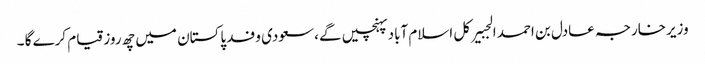
وزیرخارجہ عادل بن احمد الجبیرکل اسلام آباد پہنچیں گے ،سعودی وفد پاکستان میں چھ روز قیام کرے گا ۔